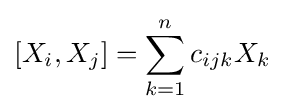
[X_{i},X_{j}]=\sum _{k=1}^{n}c_{ijk}X_{k}